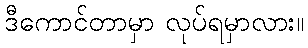
ဒီကောင်တာမှာ လုပ်ရမှာလား။